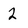
Character: 2